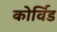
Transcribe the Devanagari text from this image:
कोर्विड